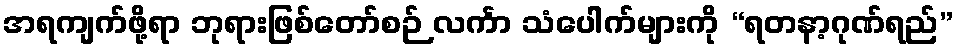
အရကျက်ဖို့ရာ ဘုရားဖြစ်တော်စဉ် လင်္ကာ သံပေါက်များကို “ရတနာ့ဂုဏ်ရည်”